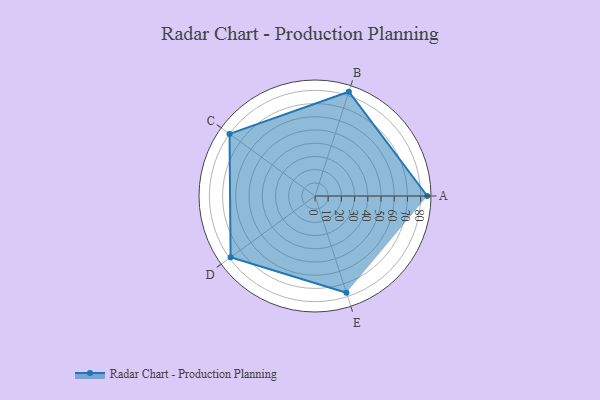
{"axis": {"x": "Skill", "y": "Score"}, "legend": ["Profile"], "data": [{"x": "A", "y": 85.0, "type": "Profile"}, {"x": "B", "y": 83.0, "type": "Profile"}, {"x": "C", "y": 80.0, "type": "Profile"}, {"x": "D", "y": 79.0, "type": "Profile"}, {"x": "E", "y": 77.0, "type": "Profile"}]}